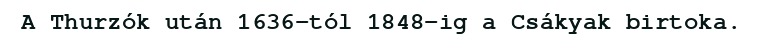
A Thurzók után 1636-tól 1848-ig a Csákyak birtoka.